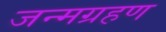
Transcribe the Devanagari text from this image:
जन्मग्रहण